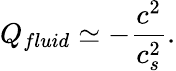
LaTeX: Q_{fluid}\simeq-\frac{c^{2}}{c_{s}^{2}}.